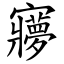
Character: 㝱